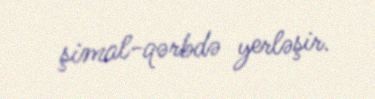
şimal-qərbdə yerləşir.